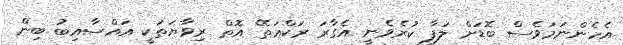
އެހެންނަމަވެސް ބޮޑަށް ލަފާ ކުރެވެނީ އެގާރަ ރަކްޢަތޭ އޮތް ރިވާޔަތަކީ އައްސާއިބު ބިން